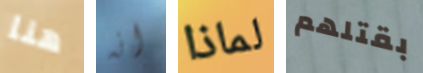
هنا انه لماذا بقتلهم